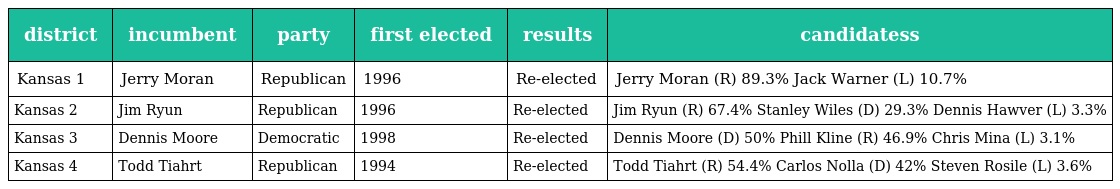
| district | incumbent | party | first elected | results | candidatess |
 | --- | --- | --- | --- | --- | --- |
 | Kansas 1 | Jerry Moran | Republican | 1996 | Re-elected | Jerry Moran (R) 89.3% Jack Warner (L) 10.7% |
 | Kansas 2 | Jim Ryun | Republican | 1996 | Re-elected | Jim Ryun (R) 67.4% Stanley Wiles (D) 29.3% Dennis Hawver (L) 3.3% |
 | Kansas 3 | Dennis Moore | Democratic | 1998 | Re-elected | Dennis Moore (D) 50% Phill Kline (R) 46.9% Chris Mina (L) 3.1% |
 | Kansas 4 | Todd Tiahrt | Republican | 1994 | Re-elected | Todd Tiahrt (R) 54.4% Carlos Nolla (D) 42% Steven Rosile (L) 3.6% |